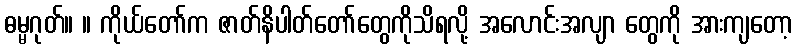
ဓမ္မဂုတ်။ ။ ကိုယ်တော်က ဇာတ်နိပါတ်တော်တွေကိုသိရလို့ အလောင်းအလျာ တွေကို အားကျတော့